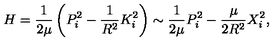
H = \frac { 1 } { 2 \mu } \left( P _ { i } ^ { 2 } - \frac { 1 } { R ^ { 2 } } K _ { i } ^ { 2 } \right) \sim \frac { 1 } { 2 \mu } P _ { i } ^ { 2 } - \frac { \mu } { 2 R ^ { 2 } } X _ { i } ^ { 2 } ,